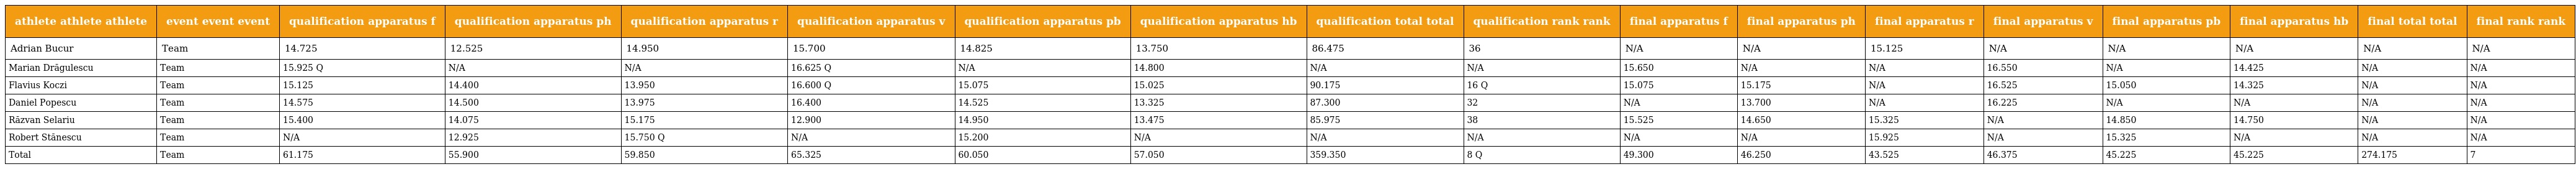
| athlete athlete athlete | event event event | qualification apparatus f | qualification apparatus ph | qualification apparatus r | qualification apparatus v | qualification apparatus pb | qualification apparatus hb | qualification total total | qualification rank rank | final apparatus f | final apparatus ph | final apparatus r | final apparatus v | final apparatus pb | final apparatus hb | final total total | final rank rank |
 | --- | --- | --- | --- | --- | --- | --- | --- | --- | --- | --- | --- | --- | --- | --- | --- | --- | --- |
 | Adrian Bucur | Team | 14.725 | 12.525 | 14.950 | 15.700 | 14.825 | 13.750 | 86.475 | 36 | N/A | N/A | 15.125 | N/A | N/A | N/A | N/A | N/A |
 | Marian Drăgulescu | Team | 15.925 Q | N/A | N/A | 16.625 Q | N/A | 14.800 | N/A | N/A | 15.650 | N/A | N/A | 16.550 | N/A | 14.425 | N/A | N/A |
 | Flavius Koczi | Team | 15.125 | 14.400 | 13.950 | 16.600 Q | 15.075 | 15.025 | 90.175 | 16 Q | 15.075 | 15.175 | N/A | 16.525 | 15.050 | 14.325 | N/A | N/A |
 | Daniel Popescu | Team | 14.575 | 14.500 | 13.975 | 16.400 | 14.525 | 13.325 | 87.300 | 32 | N/A | 13.700 | N/A | 16.225 | N/A | N/A | N/A | N/A |
 | Răzvan Selariu | Team | 15.400 | 14.075 | 15.175 | 12.900 | 14.950 | 13.475 | 85.975 | 38 | 15.525 | 14.650 | 15.325 | N/A | 14.850 | 14.750 | N/A | N/A |
 | Robert Stănescu | Team | N/A | 12.925 | 15.750 Q | N/A | 15.200 | N/A | N/A | N/A | N/A | N/A | 15.925 | N/A | 15.325 | N/A | N/A | N/A |
 | Total | Team | 61.175 | 55.900 | 59.850 | 65.325 | 60.050 | 57.050 | 359.350 | 8 Q | 49.300 | 46.250 | 43.525 | 46.375 | 45.225 | 45.225 | 274.175 | 7 |